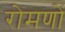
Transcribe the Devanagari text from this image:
रोमणों